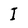
Character: I